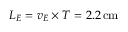
L _ { E } = v _ { E } \times T = 2 . 2 \, \mathrm { c m }